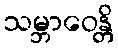
သမ္ဘာဝေန္တိ